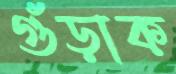
গুঁড়াক